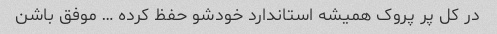
در کل پر پروک همیشه استاندارد خودشو حفظ کرده … موفق باشن